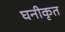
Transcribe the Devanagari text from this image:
घनीकृत